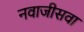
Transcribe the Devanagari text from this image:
नवाजीसवा